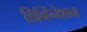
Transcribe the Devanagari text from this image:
डिव्हिनेशन